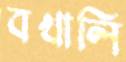
বখালি